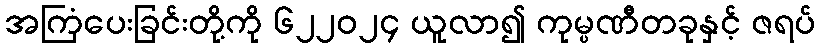
အကြံပေးခြင်းတို့ကို ၆၂၂၀၂၄ ယူလာ၍ ကုမ္ပဏီတခုနှင့် ဇရပ်